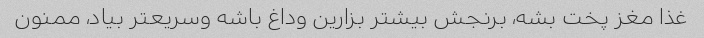
غذا مغز پخت بشه، برنجش بیشتر بزارین وداغ باشه وسریعتر بیاد، ممنون